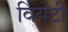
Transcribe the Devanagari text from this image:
वियेटी